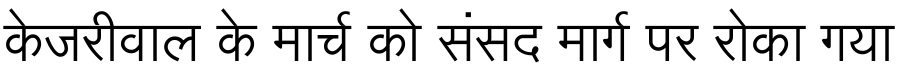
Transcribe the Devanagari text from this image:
केजरीवाल के मार्च को संसद मार्ग पर रोका गया